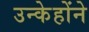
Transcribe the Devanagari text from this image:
उन्केहोंने